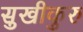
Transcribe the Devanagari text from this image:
सुखीकुरु